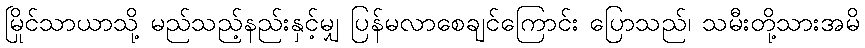
မြိုင်သာယာသို့ မည်သည့်နည်းနှင့်မျှ ပြန်မလာစေချင်ကြောင်း ပြောသည်၊ သမီးတို့သားအမိ